Plague in India, 1896, 1897 - Volume 3
Year: 1896
Disease focus: Plague
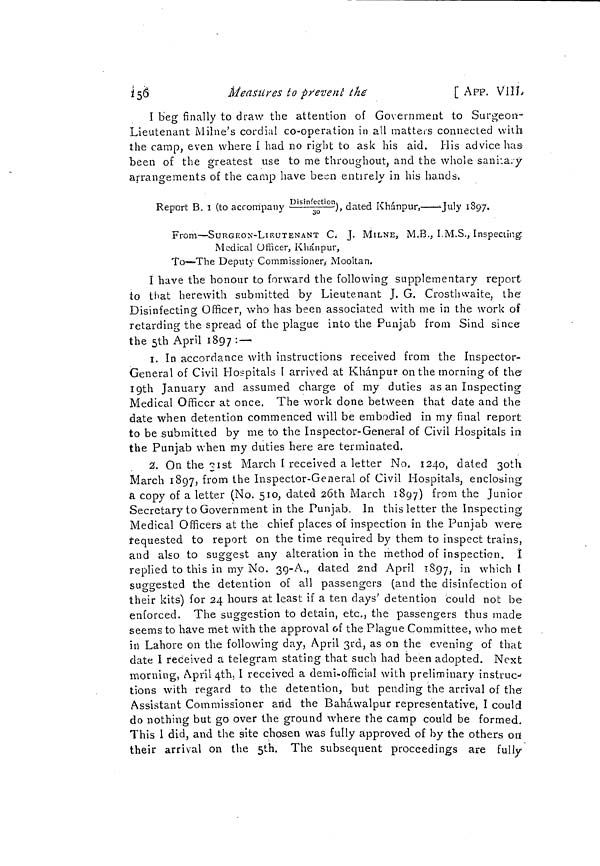
156
Measures to prevent the
[ APP. VIII.
I beg finally to draw the attention of Government to Surgeon-
Lieutenant Milne's cordial co-operation in all matters connected with
the camp, even where Í had no right to ask his aid. His advice has
been of the greatest use to me throughout, and the whole sanitary
arrangements of the camp have been entirely in his hands.
Report B. I ( to company Disinfection/30), dated Khánpur, ---July 1897
From—SURGEON-LIEUTENANT C. J. MILNE, M.B., I.M.S., Inspecting
Medical Ofíicer, Khánpur,
To—The Deputy Commissioner, Mooltan.
1 have the honour to forward the following supplementary report
to that herewith submitted by Lieutenant J. G. Crosthwaite, the
Disinfecting Officer, who has been associated with me in the work of
retarding the spread of the plague into the Punjab from Sind since
the 5th April 1897 : —
1. In accordance with instructions received from the Inspector-
General of Civil Hospitals I arrived at Khánpur on the morning of the
19th January and assumed charge of my duties as an Inspecting
Medical Officer at once. The work done between that date and the
date when detention commenced will be embodied in my final report
to be submitted by me to the Inspector-General of Civil Hospitals in
the Punjab when my duties here are terminated.
2. On the 31st March I received a letter No. 1240, dated 3oth
March 1897, from the Inspector-General of Civil Hospitals, enclosing
a copy of a letter (No. 510, dated 20th March 1897) from the Junior
Secretary to Government in the Punjab. In this letter the Inspecting
Medical Officers at the chief places of inspection in the Punjab were
requested to report on the time required by them to inspect trains,
and also to suggest any alteration in the method of inspection. Î
replied to this in my No. 39-A., dated 2nd April 1897, in which I
suggested the detention of all passengers (and the disinfection of
their kits) for 24 hours at least if a ten days' detention could not be
enforced. The suggestion to detain, etc., the passengers thus made
seems to have met with the approval of the Plague Committee, who met
in Lahore on the following day, April 3rd, as on the evening of that
date I received a telegram stating that such had been adopted. Next
morning, April 4th, I received a demi-official with preliminary instruc-
tions with regard to the detention, but pending the arrival of the
Assistant Commissioner and the Baháwalpur representative, I could
do nothing but go over the ground where the camp could be formed.
This I did, and the site chosen was fully approved of by the others on
their arrival on the 5th. The subsequent proceedings are fully